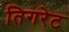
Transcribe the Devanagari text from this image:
तिगरेट